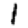
Digit: 1